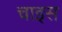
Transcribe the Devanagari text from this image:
चाइस